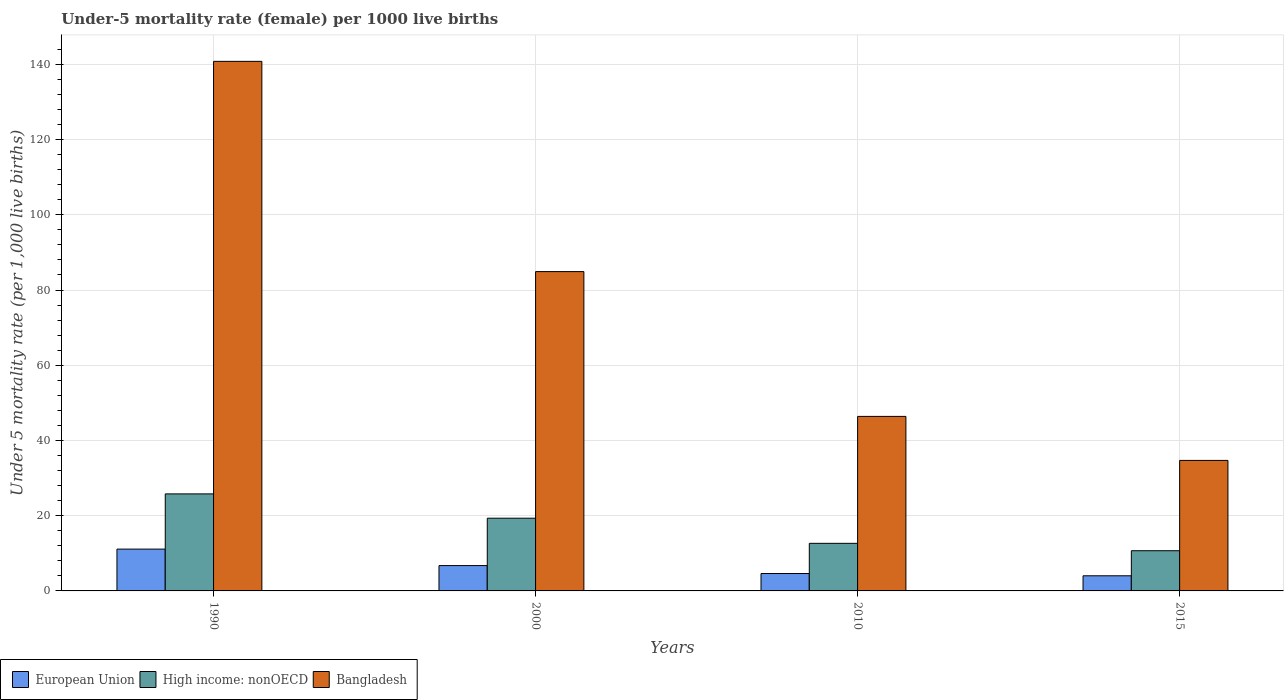
| Years | European Union | High income: nonOECD | Bangladesh |
 | --- | --- | --- | --- |
 | 1990 | 11.1 | 25.8 | 141 |
 | 2000 | 6.73 | 19.3 | 84.9 |
 | 2010 | 4.62 | 12.6 | 46.4 |
 | 2015 | 4.02 | 10.7 | 34.7 |